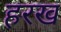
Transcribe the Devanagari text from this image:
हरख